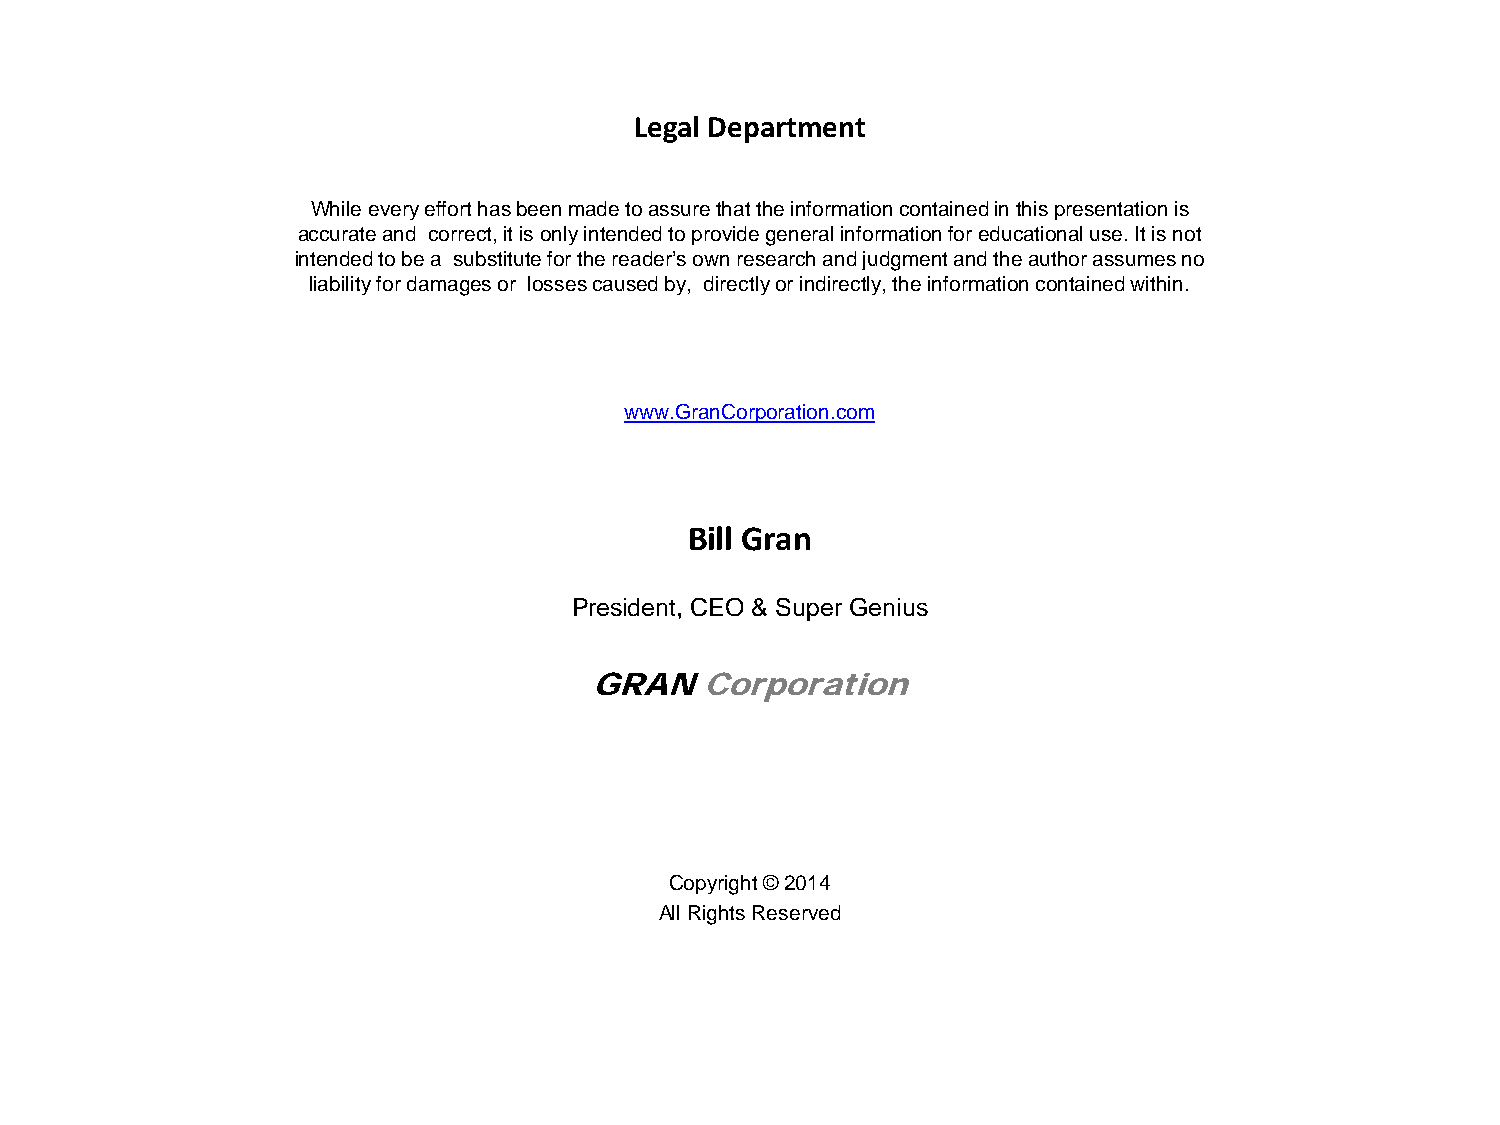
Legal Department
 While every effort has been made to assure that the information contained in this presentation is
 accurate and correct, it is only intended to provide general information for educational use. It is not
 intended to be a substitute for the reader’s own re search and judgment and the author assumes no
 liability for damages or losses caused by, directly or indirectly, the information contained within.
 www.GranCorporation.com
 Bill Gran
 President, CEO & Super Genius
 GRAN   Corporation
 Copyright © 2014
 All Rights Reserved